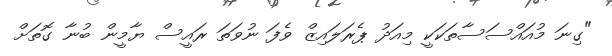
"ގިނަ މުއައްސަސާތަކަކީ މިއަދު ޕެރަލައިޒް ވެފަ ނުވަތަ ރައީސް ޔާމީން ބުނާ ގޮތަށް